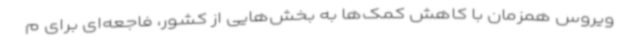
ویروس همزمان با کاهش کمک‌ها به بخش‌هایی از کشور، ‌فاجعه‌ای برای م